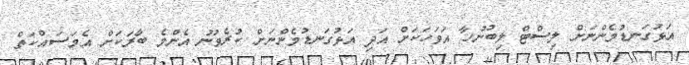
އަޅުގަނޑުމެންނަށް ލިސްޓް ލިބުނުހާ އަވަހަކަށް އަދި އަޅުގަނޑުމެންނަށް ކުރެވުނު އެންމެ ބާރަކަށް އެމަސައްކަތް